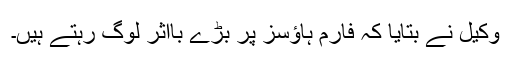
وکیل نے بتایا کہ فارم ہاؤسز پر بڑے بااثر لوگ رہتے ہیں۔